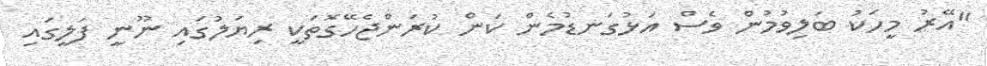
"އޭރު މީހަކު ބަލިވުމުން ވެސް އަޅުގަނޑުމެން ކަން ކުރަންޖެހޭގޮތަކީ ރިޔަލުގައި ނޫނީ ފަލީގައި